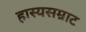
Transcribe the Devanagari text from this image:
हास्यसम्राट